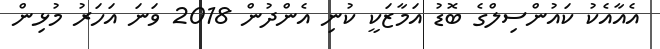
އެއާއެކު ކައުންސިލްގެ ބޮޑު އަމާޒަކީ ކުނި އެންދުން 2018 ވަނަ އަހަރު މުޅިން